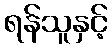
ရန်သူနှင့်